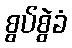
စွပ်စွဲခံ